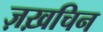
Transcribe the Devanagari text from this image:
ज़ख़चिन